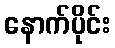
နောက်ပိုင်း